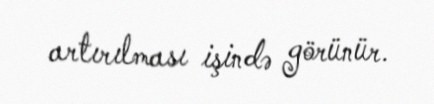
artırılması işində görünür.